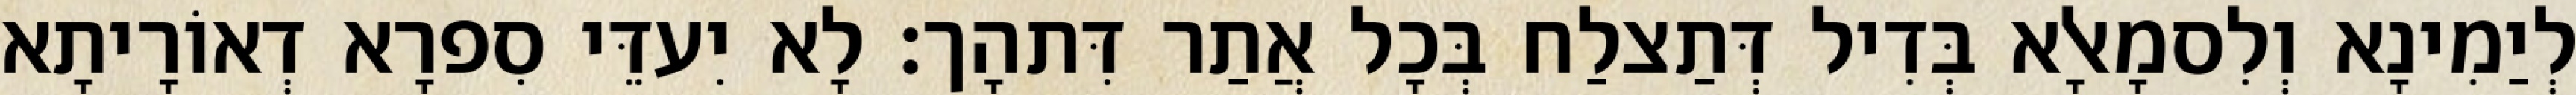
לְיַמִינָא וְלִסמָאלָא בְּדִיל דְּתַצלַח בְּכָל אֲתַר דִּתהָך׃ לָא יִעדֵּי סִפרָא דְאוֹרָיתָא